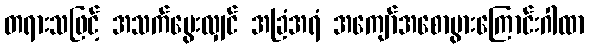
တရားသဖြင့် အသက်မွေးလျှင် အခြံအရံ အကျော်အစောပွားကြောင်းဂါထာ